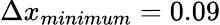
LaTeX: \Delta x_{minimum}=0.09